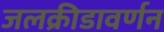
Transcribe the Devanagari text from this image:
जलक्रीडावर्णन